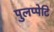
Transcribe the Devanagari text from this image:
पुलप्पेटि